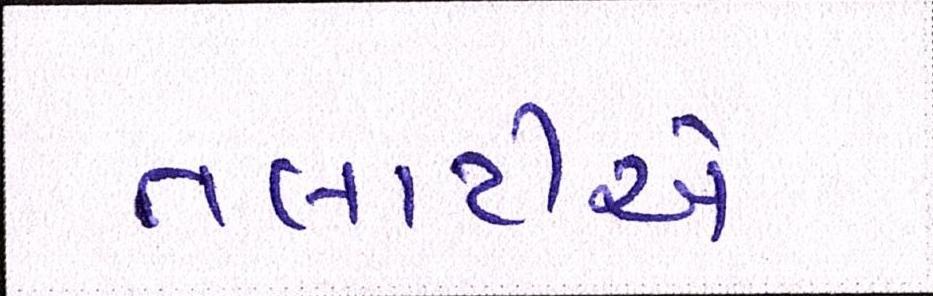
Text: તલાટીએ